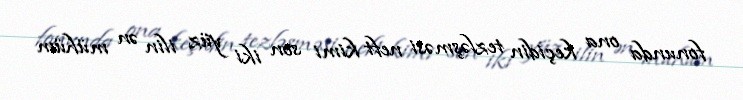
fonunda ona keçidin tezləşməsi neft kimi son iki yüz ilin ən mühüm